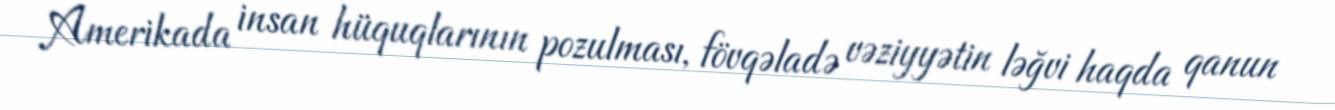
Amerikada insan hüquqlarının pozulması, fövqəladə vəziyyətin ləğvi haqda qanun